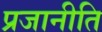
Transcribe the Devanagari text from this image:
प्रजानीति